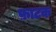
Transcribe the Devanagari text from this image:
फ़ाटक